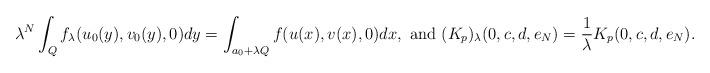
LaTeX: \begin{align*}{\displaystyle \lambda^N\int_Q f_\lambda(u_0(y), v_0(y), 0)dy = \int_{a_0+\lambda Q}f(u(x),v(x),0)dx,\hbox{ and }(K_p)_{\lambda}(0,c,d, e_N)=\frac{1}{\lambda}K_p(0,c,d,e_N).}\end{align*}